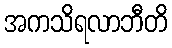
အကသိရလာဘီတိ